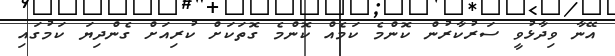
އޭނާ ވިދާޅުވީ ސަރުކާރުން ކޮންމެ ކަމެއް ކޮންމެ ގޮތަކަށް ކުރިއަށް ގެންދިޔަ ކަމުގައި